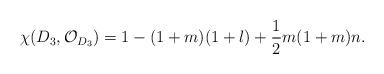
LaTeX: \begin{align*}\chi(D_{3},{\cal O}_{D_{3}})=1-(1+m)(1+l)+\frac{1}{2}m(1+m)n.\end{align*}